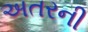
અતરની